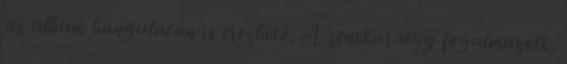
az album hangulatán is érezhető. A zenekar úgy fogalmazott,